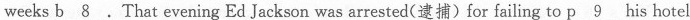
weeks \underline{b 8}.That evening Ed Jackson was arrested(逮捕)for failing to \underline{p 9}his hotel